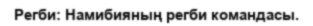
Регби: Намибияның регби командасы.